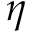
\eta